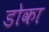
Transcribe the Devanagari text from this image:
डोका